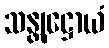
သန္တုဋ္ဌောယံ